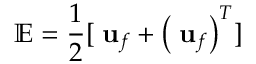
{ \mathbb { E } } = \frac { 1 } { 2 } [ \mathbf { \nabla } \mathbf { u } _ { f } + \left( \mathbf { \nabla } \mathbf { u } _ { f } \right) ^ { T } ]